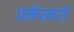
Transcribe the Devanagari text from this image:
प्रनेस्वरी